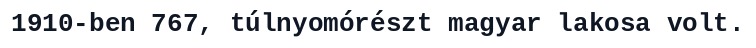
1910-ben 767, túlnyomórészt magyar lakosa volt.